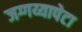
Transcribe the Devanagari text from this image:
जग्गय्यापेटा